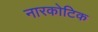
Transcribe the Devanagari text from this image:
नारकोटिक